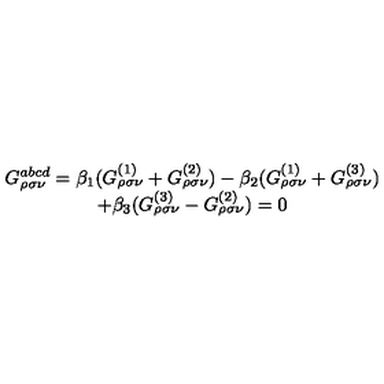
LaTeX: \begin{array} { c } { G _ { \rho \sigma \nu } ^ { a b c d } = \beta _ { 1 } ( G _ { \rho \sigma \nu } ^ { ( 1 ) } + G _ { \rho \sigma \nu } ^ { ( 2 ) } ) - \beta _ { 2 } ( G _ { \rho \sigma \nu } ^ { ( 1 ) } + G _ { \rho \sigma \nu } ^ { ( 3 ) } ) } \\ { + \beta _ { 3 } ( G _ { \rho \sigma \nu } ^ { ( 3 ) } - G _ { \rho \sigma \nu } ^ { ( 2 ) } ) = 0 } \\ \end{array}